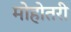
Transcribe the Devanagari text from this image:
मोहोतरी